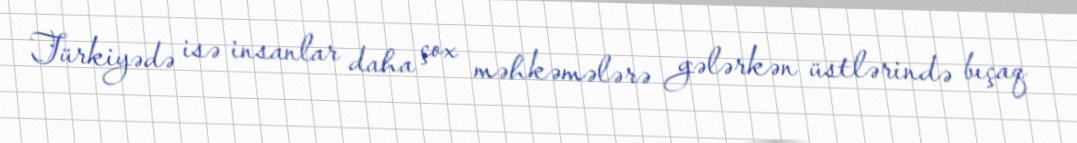
Türkiyədə isə insanlar daha çox məhkəmələrə gələrkən üstlərində bıçaq